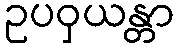
ဥပဝှယန္တာ